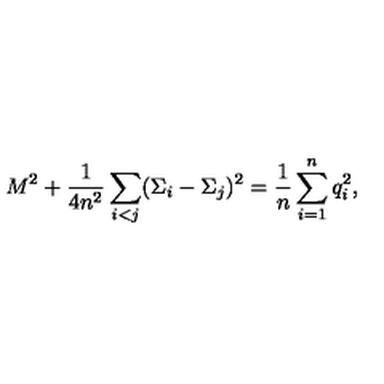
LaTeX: M ^ { 2 } + { \frac { 1 } { 4 n ^ { 2 } } } \sum _ { i < j } ( \Sigma _ { i } - \Sigma _ { j } ) ^ { 2 } = { \frac { 1 } { n } } \sum _ { i = 1 } ^ { n } q _ { i } ^ { 2 } ,